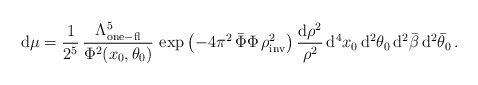
\begin{align*}{\rm d}\mu = \frac{1}{2^{5}} \,\frac{\Lambda^5_{\rm one-fl}}{\Phi^2(x_0,\theta_0) }\,\exp\left(-4\pi^2\,\bar\Phi \Phi \,\rho^2_{\rm inv}\right) \frac{ {\rm d}\rho^2}{\rho^2}\, {\rm d}^4 x_0\, {\rm d}^2\theta_0 \, {\rm d}^2\bar\beta\, {\rm d}^2\bar\theta_0 \, .\end{align*}